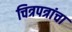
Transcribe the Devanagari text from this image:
चित्रपत्रांचा